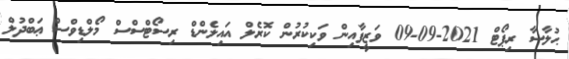
ޙުލާސާ ރިޕޯޓް 2021-09-09 ވަޒީފާއިން ވަކިކުރުން ކޮރެލް އައިލެންޑް ރިސޯޓްސްސް މޯލްޑިވްސް ޢަބްދުލް